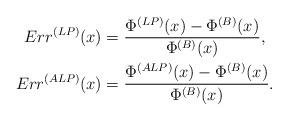
LaTeX: \begin{align*}Err^{(LP)}(x) &= \frac{\Phi^{(LP)}(x)-\Phi^{(B)}(x)}{\Phi^{(B)}(x)},\\Err^{(ALP)}(x) &= \frac{\Phi^{(ALP)}(x)-\Phi^{(B)}(x)}{\Phi^{(B)}(x)}.\end{align*}